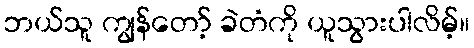
ဘယ်သူ ကျွန်တော့် ခဲတံကို ယူသွားပါလိမ့်။